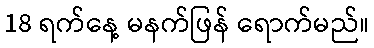
18 ရက်နေ့ မနက်ဖြန် ရောက်မည်။